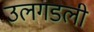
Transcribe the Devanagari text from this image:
उलगडली